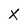
Character: x